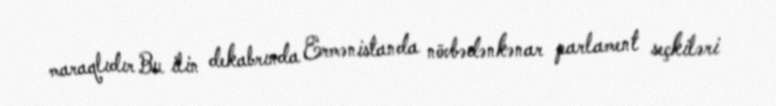
maraqlıdır Bu ilin dekabrında Ermənistanda növbədənkənar parlament seçkiləri